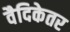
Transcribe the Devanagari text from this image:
वैदिकेतर